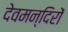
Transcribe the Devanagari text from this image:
देवमन्दिरों